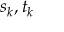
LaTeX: s _ { k } , t _ { k }